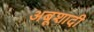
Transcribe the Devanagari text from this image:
अबूशादी